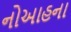
નોઆહના